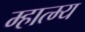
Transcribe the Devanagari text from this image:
म्हात्म्य